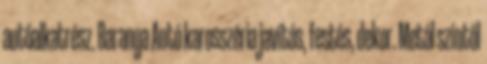
autóalkatrész. Baranya Autó karosszéria javítás, festés, dekor. Metál színtől